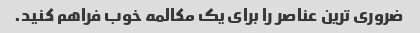
ضروری ترین عناصر را برای یک مکالمه خوب فراهم کنید.